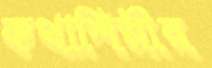
কথাশিল্পীর